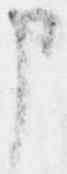
申